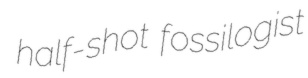
half-shot fossilogist